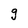
Character: g